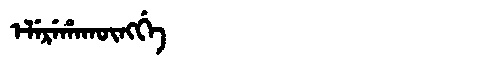
Manchu: ᡝᠯᡝᡵᡝᡥᠠᡴᡡᠩᡤᡝ
Romanization: ELEREHAKŪNGGE